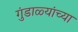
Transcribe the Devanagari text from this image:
गुंडाळ्यांच्या